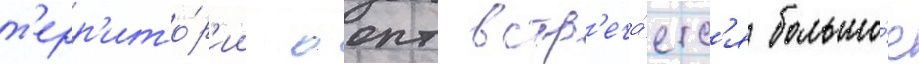
т'ерр'ито́р'ии оопт встр'еча́етс'я большо́е